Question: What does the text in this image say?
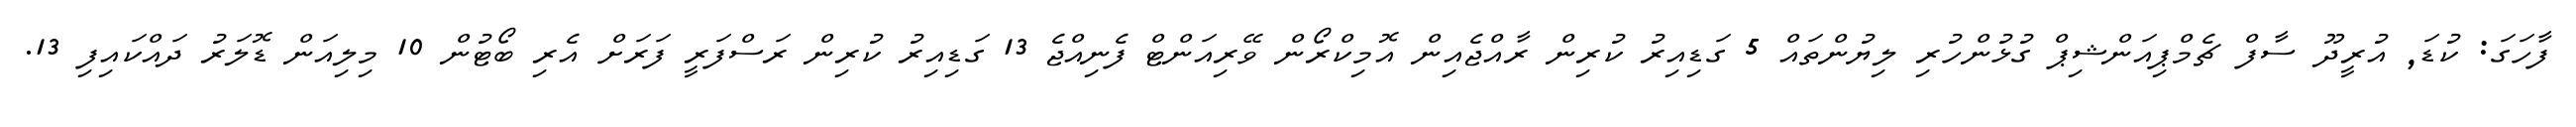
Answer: ފާހަގަ: ކުޑަ, އުރީދޫ ސާފް ޗެމްޕިއަންޝިޕް ގުޅުންހުރި ލިޔުންތައް 5 ގަޑިއިރު ކުރިން ރާއްޖެއިން އޮމިކްރޯން ވޭރިއަންޓް ފެނިއްޖެ 13 ގަޑިއިރު ކުރިން ރަސްފަރީ ފަރަށް އެރި ބޯޓުން 10 މިލިއަން ޑޮލަރު ދައްކައިފި 13.